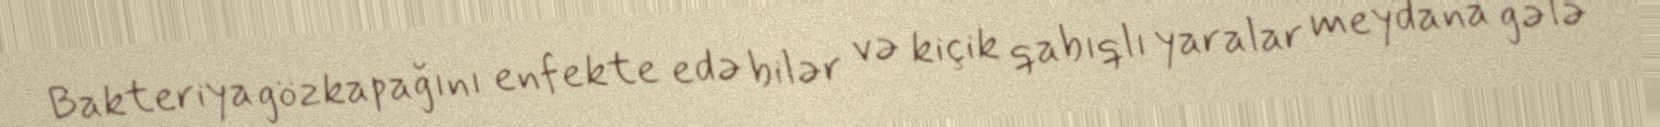
Bakteriya gözkapağını enfekte edə bilər və kiçik qabıqlı yaralar meydana gələ